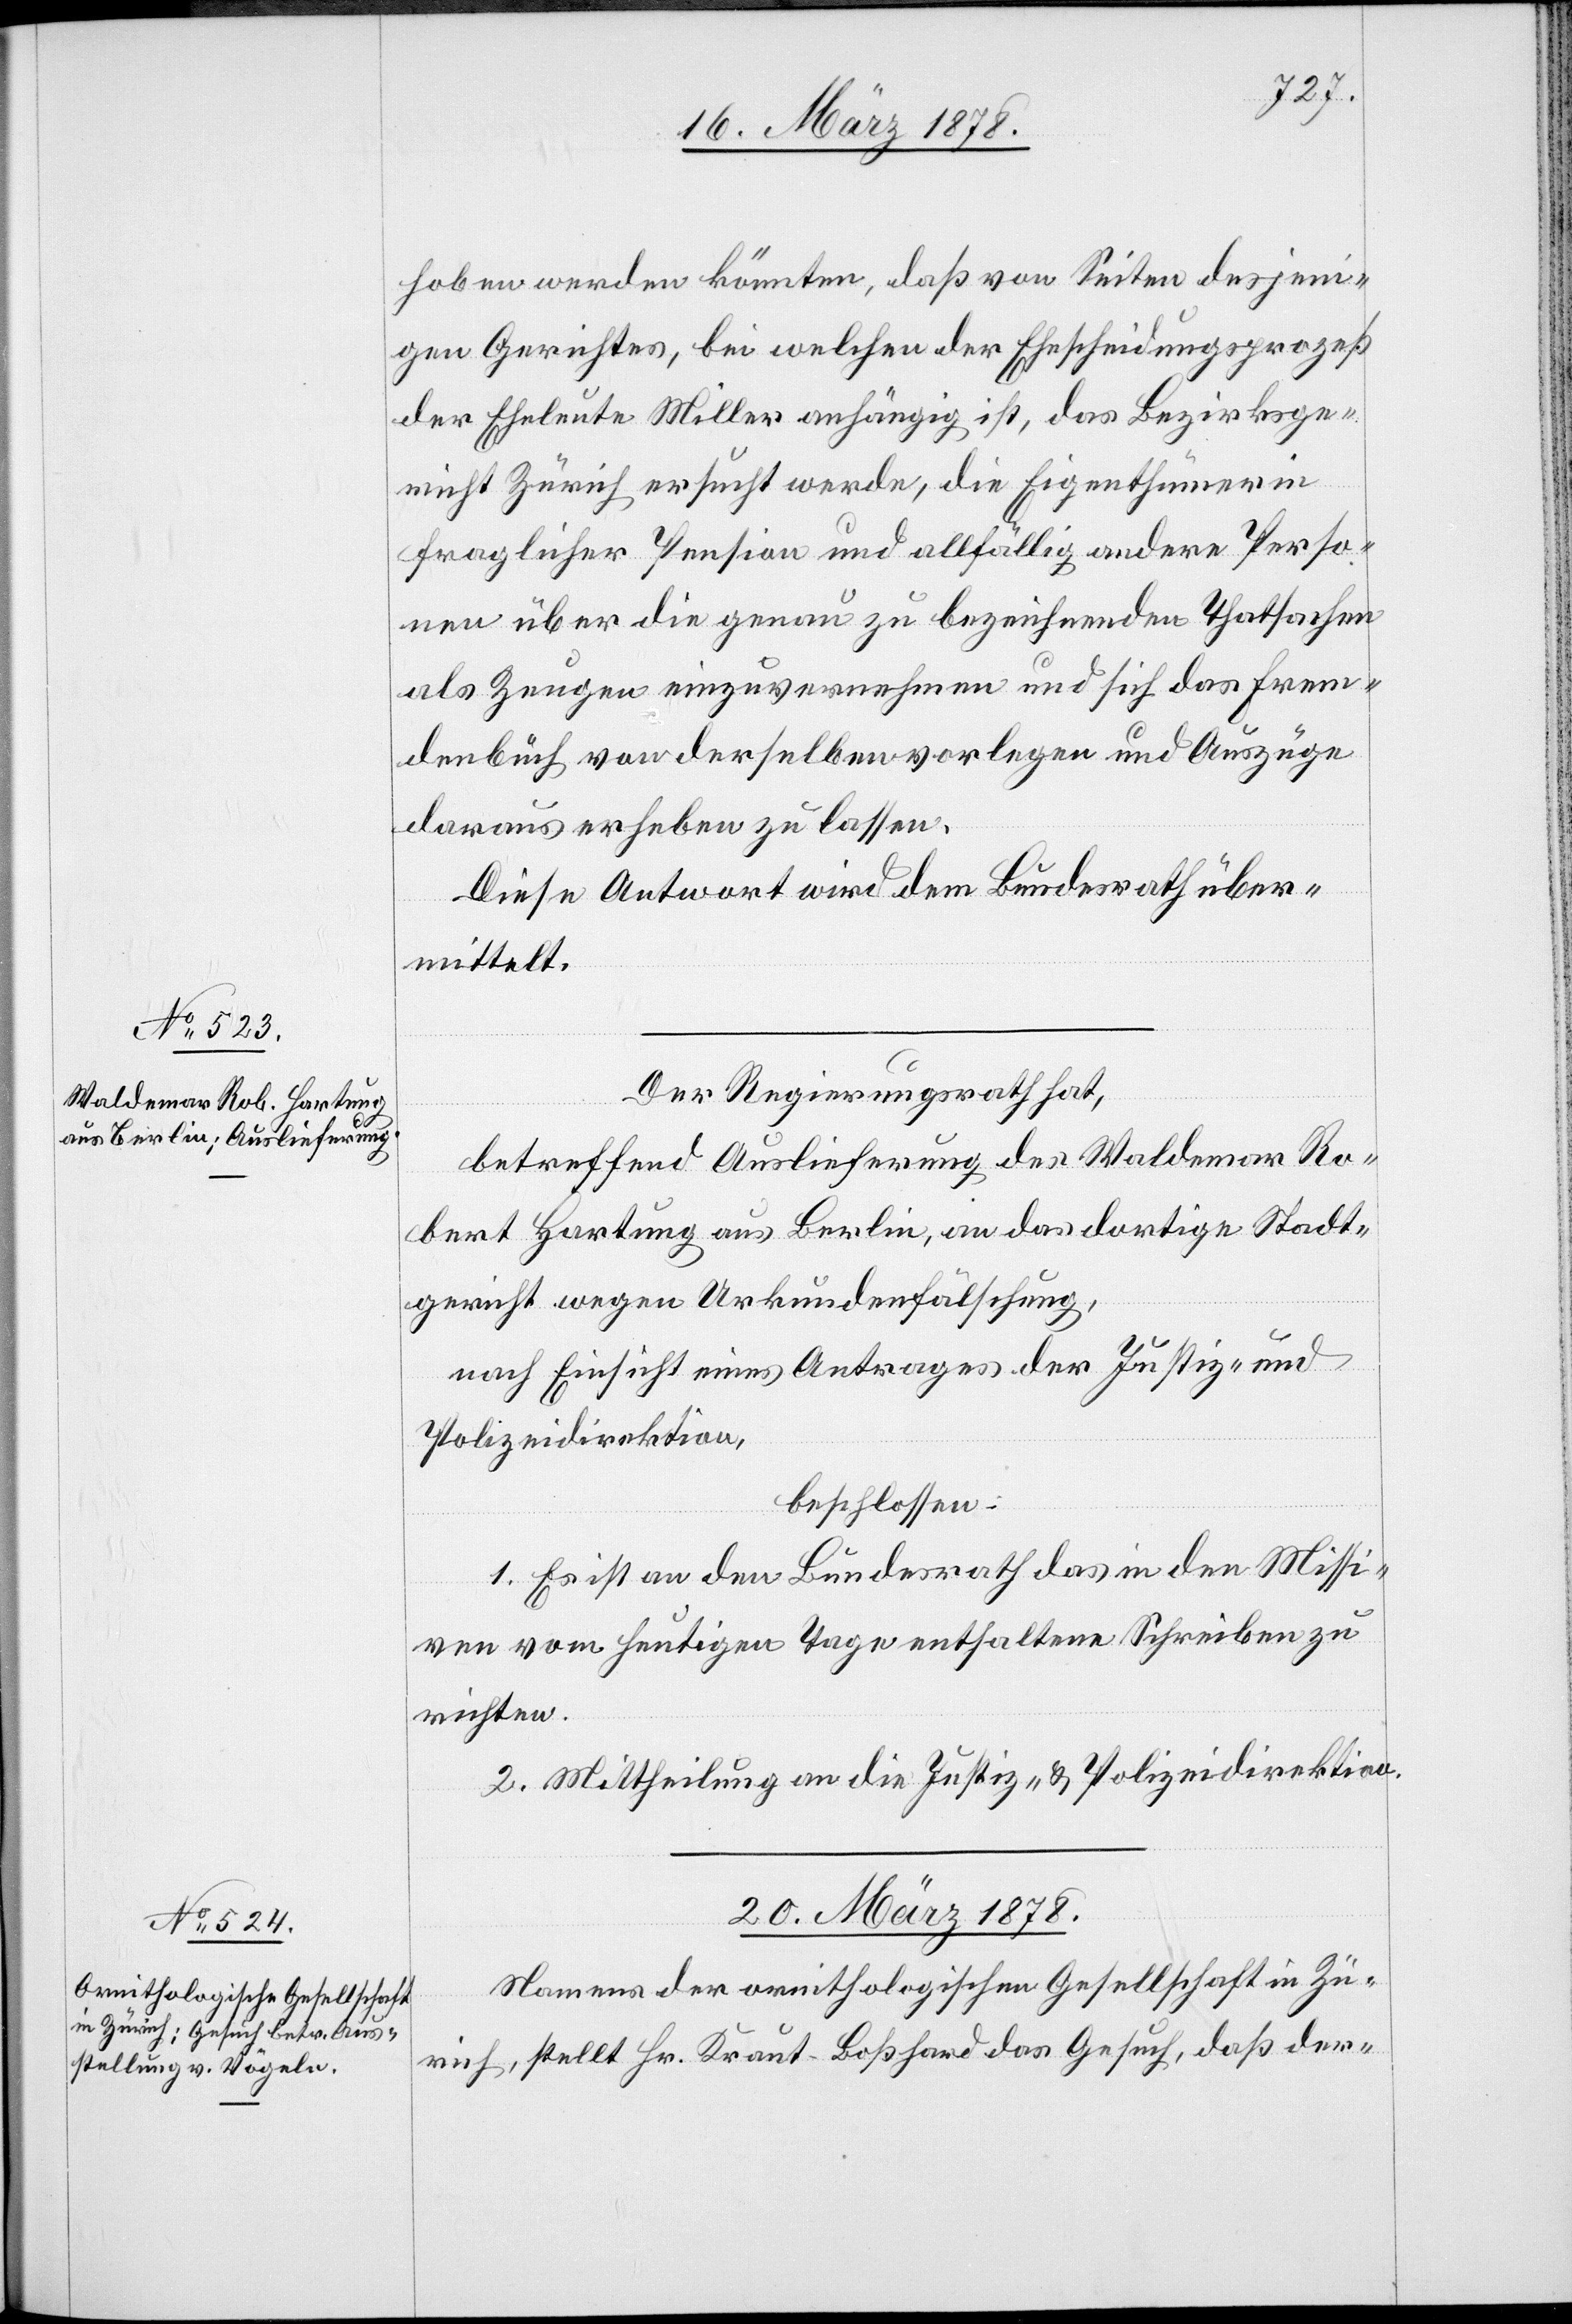
18. März 1878.]
hoben werden könnten, daß von Seiten desjeni¬
gen Gerichtes, bei welchem der Ehescheidungsprozeß
der Eheleute Miller anhängig ist, das Bezirksge¬
richt Zürich ersucht werde, die Eigenthümerin
fraglicher Pension und allfällig andere Perso¬
nen über die genau zu bezeichnenden Thatsachen
als Zeugen einzuvernehmen und sich das Frem¬
denbuch von derselben vorlegen und Auszüge
daraus erheben zu lassen.
Diese Antwort wird dem Bundesrath über¬
mittelt.
Der Regierungsrath hat,
betreffend Auslieferung des Waldemar Ro¬
bert Hartung aus Berlin, an das dortige Stadt¬
gericht wegen Urkundenfälschung,
nach Einsicht eines Antrages der Justiz- und
Polizeidirektion,
beschlossen:
1. Es ist an den Bundesrath das in den Missi¬
ven vom heutigen Tage enthaltene Schreiben zu
richten.
2. Mittheilung an die Justiz- & Polizeidirektion.
20. März 1878.
Namens der ornithologischen Gesellschaft in Zü¬
rich, stellt Hr. Kraut-Boßhard das Gesuch, daß der-